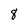
Character: 8